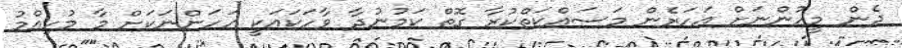
ދެން މީހުންނަށް އަހަރެން މަސައްކަތްކުރާ ގޮތް ކަމުނުދާ ވާހަކައަކީ އަހަންނަކަށް މާ މުހިއްމު